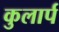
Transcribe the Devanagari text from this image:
कुलार्प